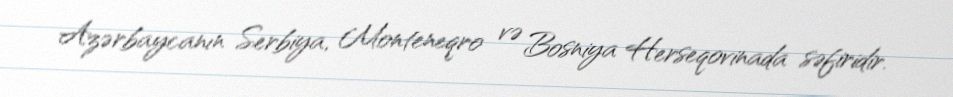
Azərbaycanın Serbiya, Monteneqro və Bosniya Herseqovinada səfiridir.